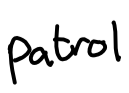
Text: patrol
Cross-out: clean
Writing tool: digital_black